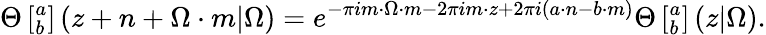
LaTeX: \Theta\left[^a_{b}\right]\left(z+n+\Omega\cdot m|\Omega\right)=e^{-\pi im\cdot\Omega\cdot m-2\pi im\cdot z+2\pi i(a\cdot n-b\cdot m)}\Theta\left[^a_{b}\right]\left(z|\Omega\right).